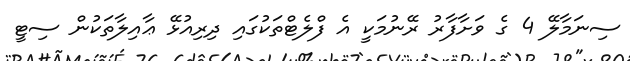
ސިނަމާލޭ 4 ގެ ވަށާފާރު ރޭނުމަކީ އެ ފްލެޓްތަކުގައި ދިރިއުޅޭ ޢާއިލާތަކުން ސިޓީ